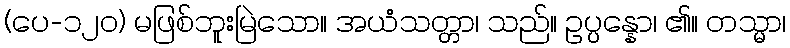
(ပေ-၁၂၀) မဖြစ်ဘူးမြဲသော။ အယံသတ္တာ၊ သည်။ ဥပ္ပန္နော၊ ၏။ တသ္မာ၊